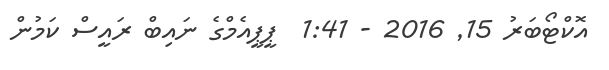
އޮކްޓޯބަރު 15